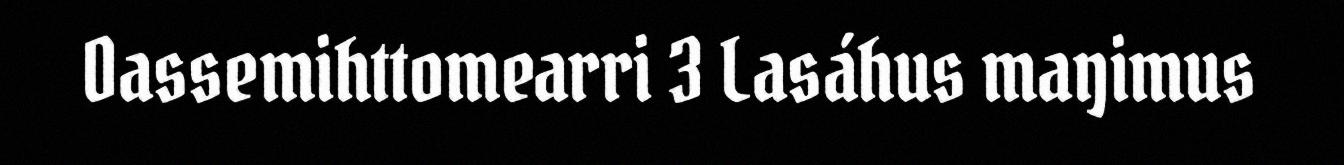
Oassemihttomearri 3 Lasáhus maŋimus